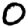
Digit: 0